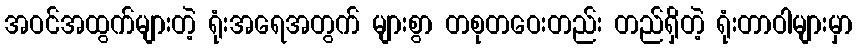
အဝင်အထွက်များတဲ့ ရုံးအရေအတွက် များစွာ တစုတဝေးတည်း တည်ရှိတဲ့ ရုံးတာဝါများမှာ